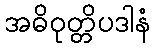
အဓိဝုတ္တိပဒါနံ